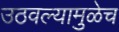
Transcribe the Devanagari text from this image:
उठवल्यामुळेच